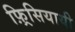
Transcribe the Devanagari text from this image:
फ़्रिसियायी